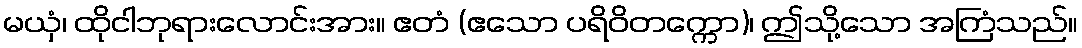
မယှံ၊ ထိုငါဘုရားလောင်းအား။ ဧတံ (ဧသော ပရိဝိတက္ကော)၊ ဤသို့သော အကြံသည်။